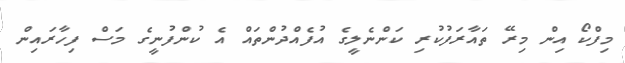
މިފްކޯ އިން މިރޭ ތައާރަފުކުރި ކަންނެލީގެ އުފެއްދުންތައް އެ ކުންފުނީގެ މަސް ފިހާރައިން